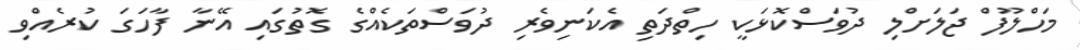
މަހްލޫފް ޖަލަށްލި ދުވަސްކޮޅަކީ ހިތްދަތި އެކަނިވެރި ދުވަސްތަކެއްގެ ގޮތުގައި އޭނާ ފާހަގަ ކުރެއްވި